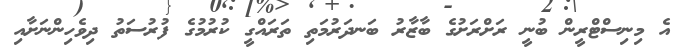
އެ މިނިސްޓްރީން ބުނީ ރަށްރަށުގެ ބާޒާރު ބަނދަރުމަތި ތަރައްގީ ކުރުމުގެ ފުރުސަތު ދިވެހިންނަށާއި